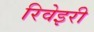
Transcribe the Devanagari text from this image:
रिवेइरी